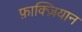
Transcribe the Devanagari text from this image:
फ़ाक्ज़ियान